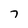
Character: 7